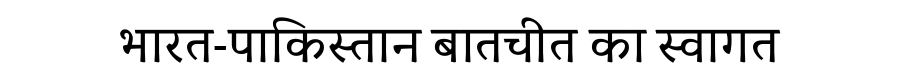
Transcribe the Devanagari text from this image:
भारत-पाकिस्तान बातचीत का स्वागत